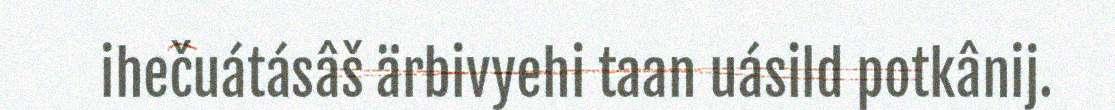
ihečuátásâš ärbivyehi taan uásild potkânij.